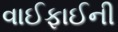
વાઈફાઈની